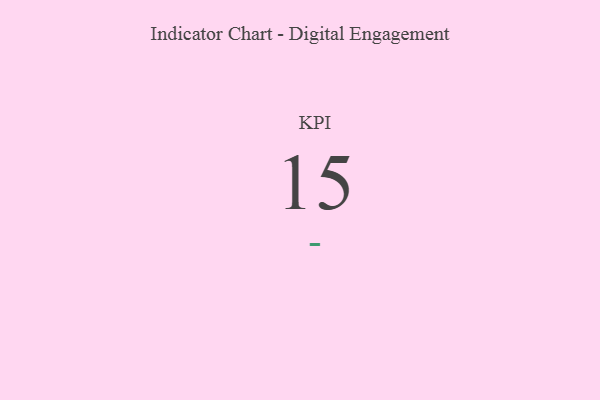
{"axis": {"x": "KPI", "y": "Value"}, "legend": [""], "data": [{"x": "KPI", "y": 15, "type": ""}]}